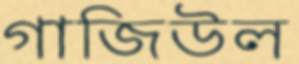
গাজিউল